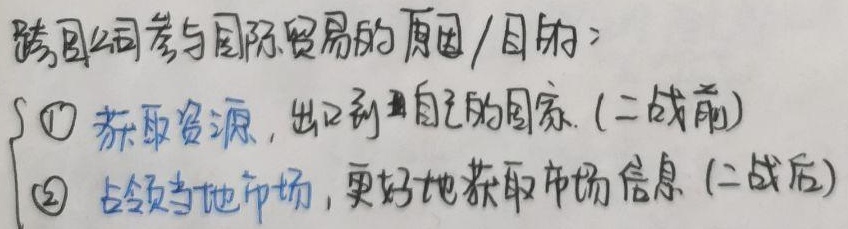
跨国公司参与国际贸易的原因/目的：
1. 获取资源，出口到自己的国家.（二战前）
2. 占领当地市场，更好地获取市场信息（二战后）